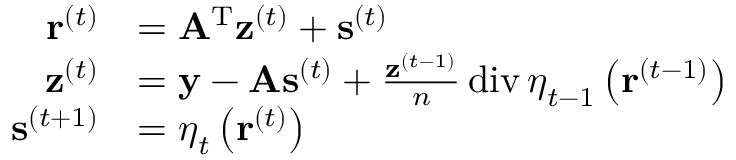
\begin{array} { r l } { \ensuremath { \mathbf { r } } ^ { ( t ) } } & { = \ensuremath { \mathbf { A } } ^ { \mathrm { T } } \ensuremath { \mathbf { z } } ^ { ( t ) } + \ensuremath { \mathbf { s } } ^ { ( t ) } } \\ { \ensuremath { \mathbf { z } } ^ { ( t ) } } & { = \ensuremath { \mathbf { y } } - \ensuremath { \mathbf { A } } \ensuremath { \mathbf { s } } ^ { ( t ) } + \frac { \ensuremath { \mathbf { z } } ^ { ( t - 1 ) } } { n } \operatorname { d i v } \ensuremath { \boldsymbol { \eta } } _ { t - 1 } \left( \ensuremath { \mathbf { r } } ^ { ( t - 1 ) } \right) } \\ { \ensuremath { \mathbf { s } } ^ { ( t + 1 ) } } & { = \ensuremath { \boldsymbol { \eta } } _ { t } \left( \ensuremath { \mathbf { r } } ^ { ( t ) } \right) } \end{array}